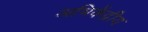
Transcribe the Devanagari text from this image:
अभिकेंद्रीय